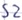
Text: S2